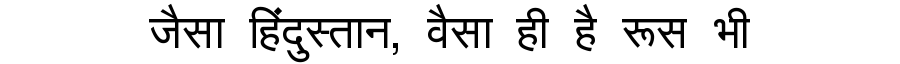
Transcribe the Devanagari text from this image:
जैसा हिंदुस्तान, वैसा ही है रूस भी